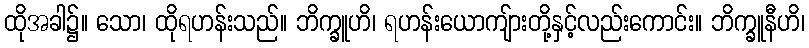
ထိုအခါ၌။ သော၊ ထိုရဟန်းသည်။ ဘိက္ခူဟိ၊ ရဟန်းယောကျ်ားတို့နှင့်လည်းကောင်း။ ဘိက္ခူနီဟိ၊